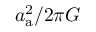
a _ { \mathrm { a } } ^ { 2 } / 2 \pi G